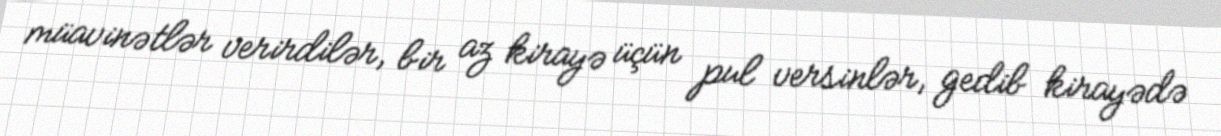
müavinətlər verirdilər, bir az kirayə üçün pul versinlər, gedib kirayədə